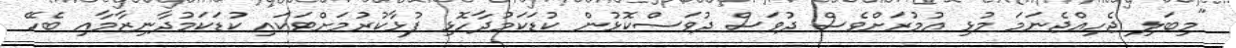
"މިބަލި ޖެހިއްޖެނަމަ މުޅި އުމުރަށްވެސް ދުވަސް ދުވަސްކޮޅުން ކުޑަކަމުދާހޮޅި ފުޅާކުރުމަށްޓަކައި ކުޑަކަމުދާނިޒާމާއި ބެހޭ